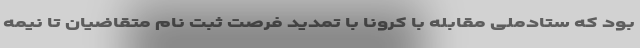
بود که ستادملی مقابله با کرونا با تمدید فرصت ثبت نام متقاضیان تا نیمه